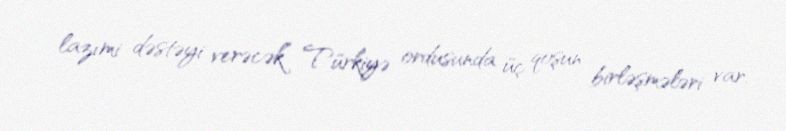
lazımi dəstəyi verəcək” Türkiyə ordusunda üç qoşun birləşmələri var.